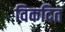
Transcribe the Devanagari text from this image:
विकदित